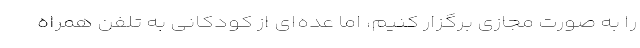
را به صورت مجازی برگزار کنیم، اما عده‌ای از کودکانی به تلفن همراه